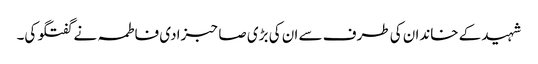
شہید کے خاندان کی طرف سے ان کی بڑی صاحبزادی فاطمہ نے گفتگو کی۔